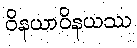
ဝိနယာဝိနယဿ